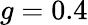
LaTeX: g=0.4